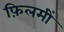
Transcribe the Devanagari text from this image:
फ़िलमीं